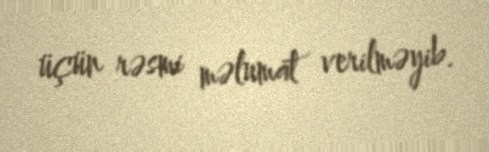
üçün rəsmi məlumat verilməyib.